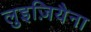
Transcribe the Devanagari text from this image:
लुइज़ियैना